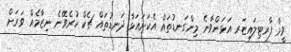
ވީމާ ފާރޓިލައިޒަރ އަޅަންވާނެ މިންގަނޑުތައް އެކަށައަޅާ ދަނޑުތައް ޗެކް ކުރެވޭނެ ނިޒާމެއް ވަރަށް